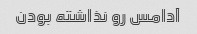
آدامس رو نذاشته بودن